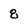
Character: 8